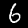
Label: 6